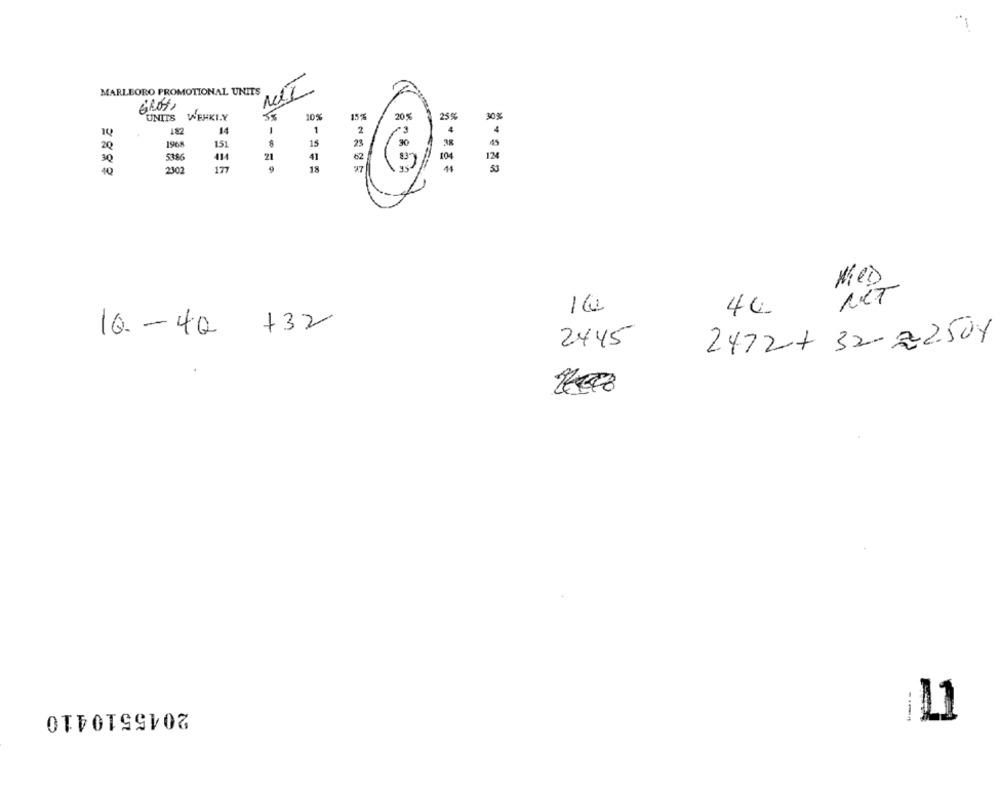
"1
MARLBORO PROMOTIONAL UNITS
UNITS WEHKI.Y
10%
15
20%
30%
182
14
-
1
2
4
151
15
38
45
2Q
1968
30
5386
414
21
41
62
10
12€
10
2302
177
18
MED
NET
16
44.
10. - 40 +32
2445
2472+ 32-22504
2045510410
----
11